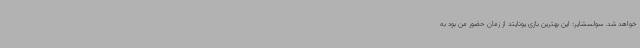
خواهد شد. سولسشایر: این بهترین بازی یونایتد از زمان حضور من بود به